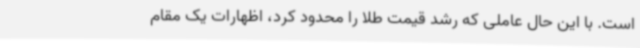
است. با این حال عاملی که رشد قیمت طلا را محدود کرد، اظهارات یک مقام